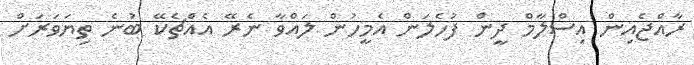
ރާއްޖެއިން އިސްލާމް ދީން ފުހެލަން އެމީހުން ލައްވާ ނެރޭ އެއްޗެކޭ ބުނެ ތިޔަވަރަށް